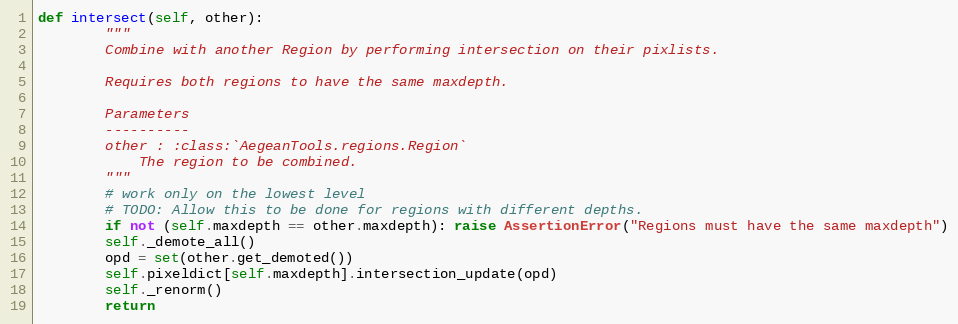
Language: Python
def intersect(self, other):
        """
        Combine with another Region by performing intersection on their pixlists.

        Requires both regions to have the same maxdepth.

        Parameters
        ----------
        other : :class:`AegeanTools.regions.Region`
            The region to be combined.
        """
        # work only on the lowest level
        # TODO: Allow this to be done for regions with different depths.
        if not (self.maxdepth == other.maxdepth): raise AssertionError("Regions must have the same maxdepth")
        self._demote_all()
        opd = set(other.get_demoted())
        self.pixeldict[self.maxdepth].intersection_update(opd)
        self._renorm()
        return